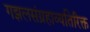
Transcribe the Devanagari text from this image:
गझलसंग्रहाव्यतिरिक्त